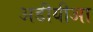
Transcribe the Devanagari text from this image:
अडीयीआ